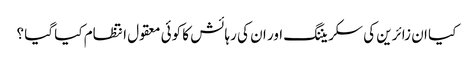
کیا ان زائرین کی سکریننگ اور ان کی رہائش کا کوئی معقول انتظام کیا گیا ؟